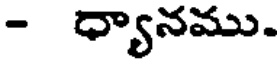
- ధ్యానము.